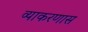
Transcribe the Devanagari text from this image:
व्याकरणास